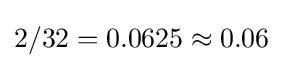
2/32=0.0625\approx 0.06